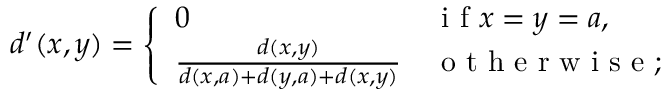
d ^ { \prime } ( x , y ) = \left\{ \begin{array} { l l } { 0 } & { \mathrm { ~ i ~ f ~ } x = y = a , } \\ { \frac { d ( x , y ) } { d ( x , a ) + d ( y , a ) + d ( x , y ) } } & { \mathrm { ~ o ~ t ~ h ~ e ~ r ~ w ~ i ~ s ~ e ~ } ; } \end{array} \right.